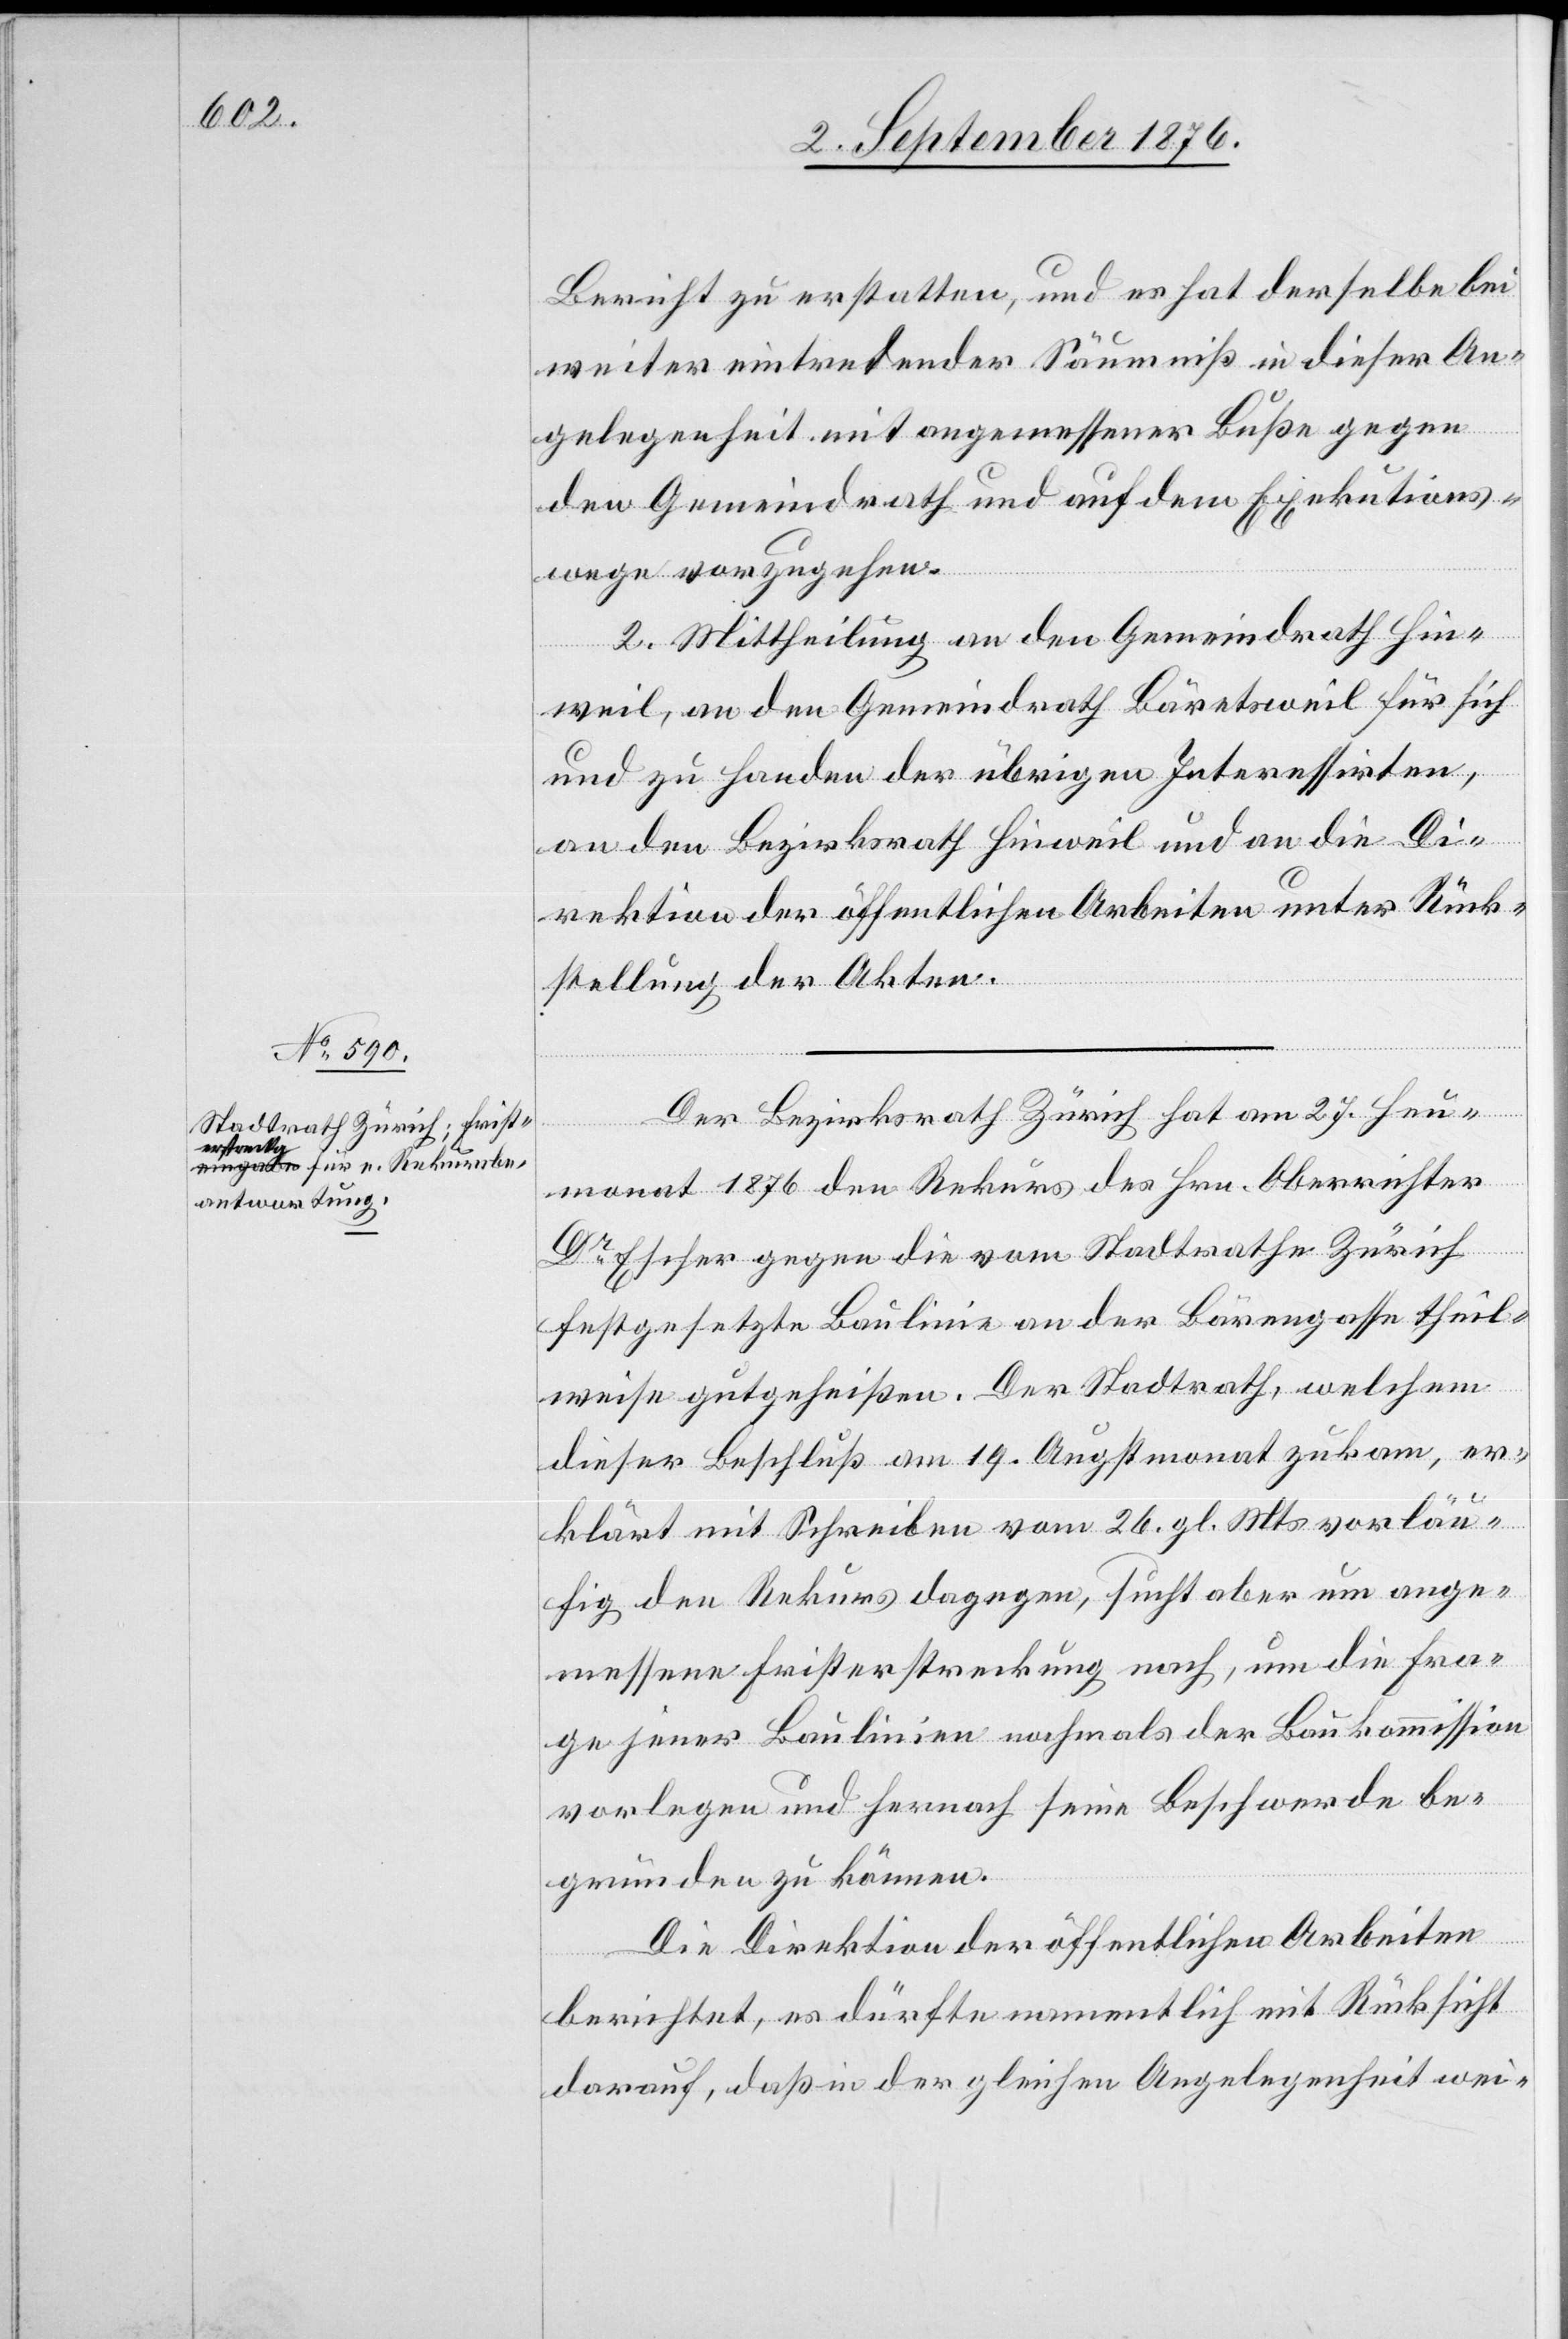
Bericht zu erstatten, und es hat derselbe bei
weiter eintretender Säumniß in dieser An¬
gelegenheit mit angemessener Buße gegen
den Gemeindrath und auf dem Exekutions¬
wege vorzugehen.
2. Mittheilung an den Gemeindrath Hin¬
weil, an den Gemeindrath Bäretsweil für sich
und zu Handen der übrigen Interessirten,
an den Bezirksrath Hinweil und an die Di¬
rektion der öffentlichen Arbeiten unter Rück¬
stellung der Akten.
Der Bezirksrath Zürich hat am 27. Heu¬
monat 1876 den Rekurs des Hrn. Oberrichter
Dr Escher gegen die vom Stadtrathe Zürich
festgesetzte Baulinie an der Bärengasse theil¬
weise gutgeheißen. Der Stadtrath, welchem
dieser Beschluß am 19. Augstmonat zukam, er¬
klärt mit Schreiben vom 26. gl. Mts. vorläu¬
fig den Rekurs dagegen, sucht aber um ange¬
messene Fristerstreckung nach, um die Fra¬
ge jener Baulinien nochmals der Baukommission
vorlegen und hernach seine Beschwerde be¬
gründen zu können.
Die Direktion der öffentlichen Arbeiten
berichtet, es dürfte namentlich mit Rücksicht
darauf, daß in der gleichen Angelegenheit wei-